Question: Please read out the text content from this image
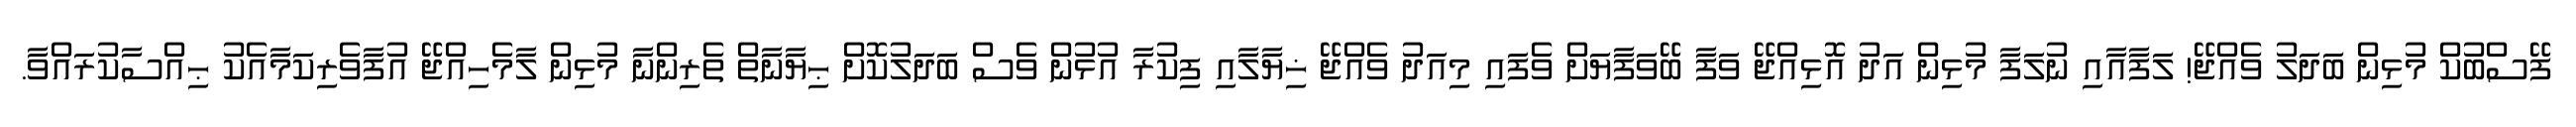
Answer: ފޭސްބުކް މުޅިން ބަދަލު ވެއްޖޭ! ލަފާއާއި ނުލަފާ މުޅިން އަދު އޮޅިއްޖޭ ވަފާ ބޭވަފާޔަށް ވެފައި މިއަދު ވެއްޖޭ ޚިޔާލާއި ފިކުރާ އުޅުން ވެސް ބަދަލުކޮށް ޙިޔާނާތް ތެރިންނާ މުޅިން ލާމެހިއްޖޭ އުފާވެރިކަމާއެކު ޙިއްސާކުރައްވާ.